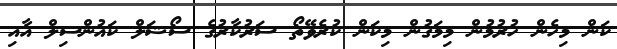
ކަން މިހެން ހުރުމުން މިމަގުން މިކަން ކުރެވޭތޯ ސަރުކާރުގެ ސޯޝަލް ކައުންސިލް އާއި